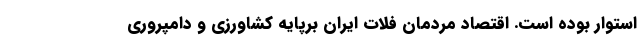
استوار بوده است. اقتصاد مردمان فلات ایران برپایه کشاورزی و دامپروری